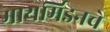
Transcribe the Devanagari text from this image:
मायर्मिडनचे